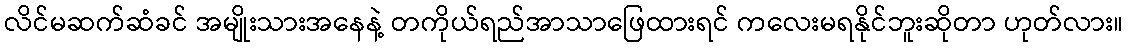
လိင်မဆက်ဆံခင် အမျိုးသားအနေနဲ့ တကိုယ်ရည်အာသာဖြေထားရင် ကလေးမရနိုင်ဘူးဆိုတာ ဟုတ်လား။